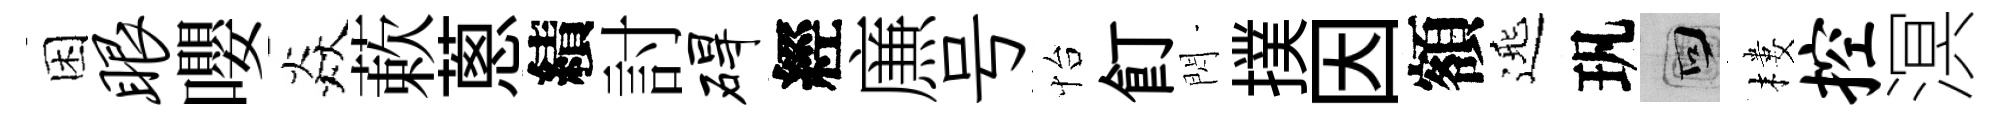
困眼嚶焱蔌蔥績討碍經㢘号怡飣閃撲因額𨓱㺬回樓控溟